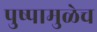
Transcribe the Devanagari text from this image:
पुष्पामुळेच